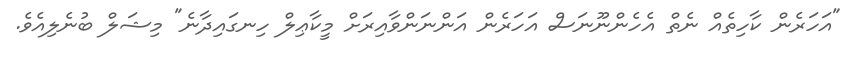
"އަހަރެން ކާހިތެއް ނެތް އެހެންނޫނަސް އަހަރެން އަންނަންވާއިރަށް މީކާޢިލް ހިނގައިދާނެ" މިޝަލް ބުނެލިއެވެ.